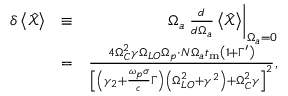
\begin{array} { r l r } { \delta \left< \hat { \mathcal X } \right> } & { \equiv } & { \Omega _ { a } \left. \frac { d } { d \Omega _ { a } } \left< \hat { \mathcal X } \right> \right| _ { \Omega _ { a } = 0 } } \\ & { = } & { \frac { 4 \Omega _ { C } ^ { 2 } \gamma \Omega _ { L O } \Omega _ { p } \cdot N \Omega _ { a } t _ { \mathrm { m } } \left( 1 + \Gamma ^ { \prime } \right) } { \left[ \left( \gamma _ { 2 } + \frac { \omega _ { p } \sigma } { c } \Gamma \right) \left( \Omega _ { L O } ^ { 2 } + \gamma ^ { 2 } \right) + \Omega _ { C } ^ { 2 } \gamma \right] ^ { 2 } } , } \end{array}